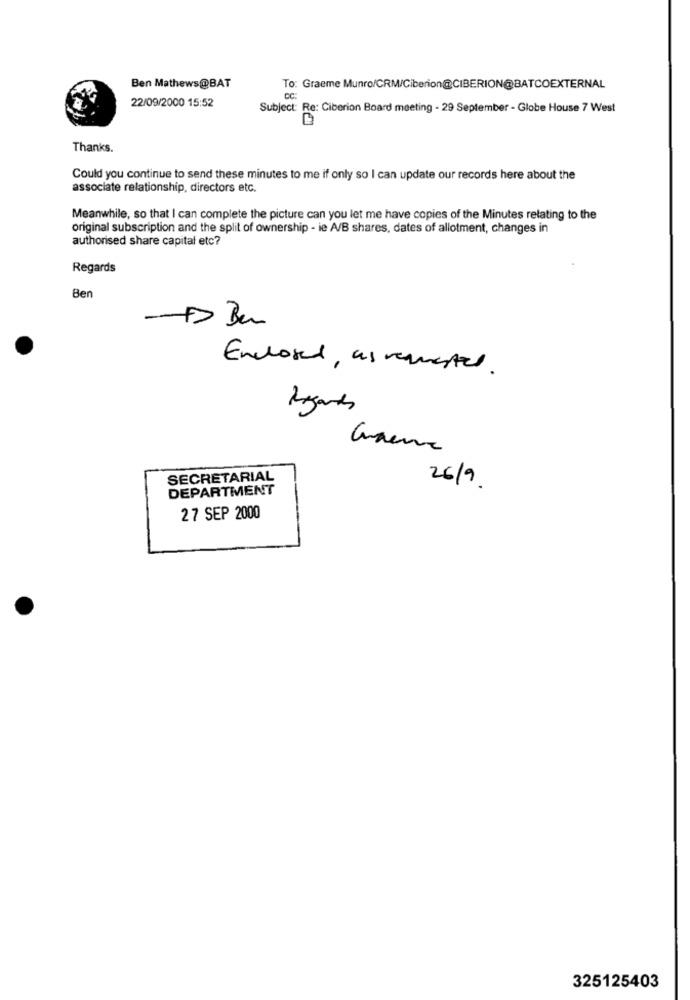
Ben Mathews@BAT
To: Graeme Munro/CRM/Ciberion@CIBERION@BATCOEXTERNAL
22/09/2000 15:52
Subject: Re: Ciberion Board meeting - 29 September - Globe House 7 West
Thanks.
Could you continue to send these minutes to me if only so I can update our records here about the
associate relationship, directors etc.
Meanwhile, so that I can complete the picture can you let me have copies of the Minutes relating to the
original subscription and the split of ownership - ie A/B shares, dates of allotment, changes in
authorised share capital etc?
Regards
Ben
Enclosed , as requested.
Regards
SECRETARIAL
DEPARTMENT
26/9
27 SEP 2000
325125403